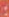
: